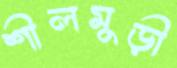
শীলমুড়ী